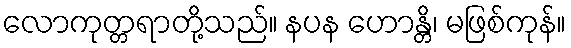
လောကုတ္တရာတို့သည်။ နပန ဟောန္တိ၊ မဖြစ်ကုန်။